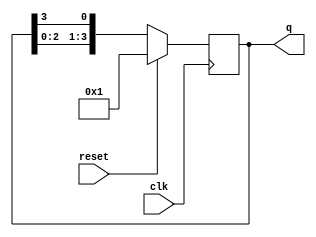
module ring_counter #(parameter N = 4) (
    input wire clk,          // Clock input
    input wire reset,        // Synchronous reset input
    output reg [N-1:0] q     // Output state of the ring counter
);

// Initial state
initial begin
    q = 1'b1; // Start with the first flip-flop set to '1'
end

// Synchronous reset and state update
always @(posedge clk) begin
    if (reset) begin
        q <= 1'b1; // Reset the counter to the initial state
    end else begin
        // Shift the '1' to the next flip-flop
        q <= {q[N-2:0], q[N-1]}; // Shift left and wrap around
    end
end

endmodule